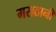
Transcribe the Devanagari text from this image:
मराठानी